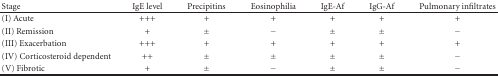
<table><thead><tr><td><b>Stage</b></td><td><b>IgE level</b></td><td><b>Precipitins</b></td><td><b>Eosinophilia</b></td><td><b>IgE-Af</b></td><td><b>IgG-Af</b></td><td><b>Pulmonary infiltrates</b></td></tr></thead><tbody><tr><td>(I) Acute</td><td>+++</td><td>+</td><td>+</td><td>+</td><td>+</td><td>+</td></tr><tr><td>(II) Remission</td><td>+</td><td>±</td><td>−</td><td>±</td><td>±</td><td>−</td></tr><tr><td>(III) Exacerbation</td><td>+++</td><td>+</td><td>+</td><td>+</td><td>+</td><td>+</td></tr><tr><td>(IV) Corticosteroid dependent</td><td>++</td><td>±</td><td>±</td><td>±</td><td>±</td><td>−</td></tr><tr><td>(V) Fibrotic</td><td>+</td><td>±</td><td>−</td><td>±</td><td>±</td><td>−</td></tr></tbody></table>